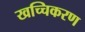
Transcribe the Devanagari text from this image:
खच्चिकरण